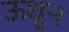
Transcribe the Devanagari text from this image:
ऊथून